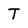
Character: T